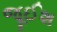
જૂઈશ